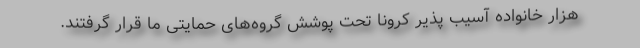
هزار خانواده آسیب پذیر کرونا تحت پوشش گروه‌های حمایتی ما قرار گرفتند.